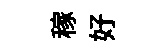
稼好